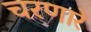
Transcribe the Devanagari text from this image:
चरणारे